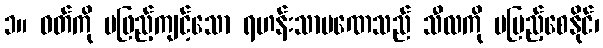
၁။ ဝတ်ကို မဖြည့်ကျင့်သော ရဟန်းသာမဏေသည် သီလကို မပြည့်စေနိုင်၊